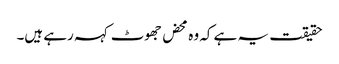
حقیقت یہ ہے کہ وہ محض جھوٹ کہہ رہے ہیں۔